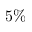
5 \%